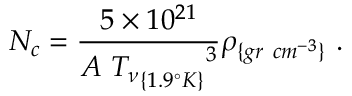
N _ { c } = \frac { 5 \times 1 0 ^ { 2 1 } } { A ~ { { T _ { \nu } } _ { \{ 1 . 9 ^ { \circ } K \} } } ^ { 3 } } \rho _ { \{ g r ~ c m ^ { - 3 } \} } ~ .